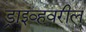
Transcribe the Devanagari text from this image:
ड्राइव्हवरील